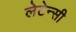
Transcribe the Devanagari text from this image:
लेटेन्सी